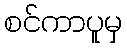
စင်ကာပူမှ